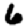
Digit: 6